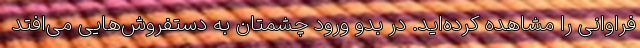
فراوانی را مشاهده کرده‌اید. در بدو ورود چشمتان به دستفروش‌هایی می‌افتد